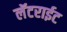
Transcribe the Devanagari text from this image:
लॅटराईट